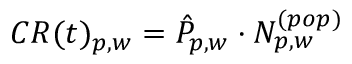
C R ( t ) _ { p , w } = \hat { P } _ { p , w } \cdot N _ { p , w } ^ { ( p o p ) }